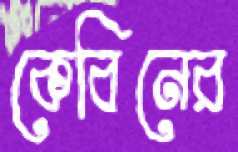
কেবিনের